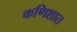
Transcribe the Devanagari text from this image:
कणिशात